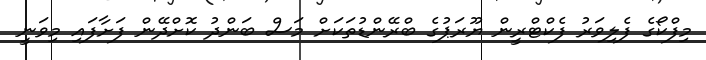
މިފްކޯގެ ފެލިވަރު ފެކްޓްރީން ޔޫރަޕުގެ ބްރޭންޑުތަކަށް މަސް ބަންދު ކޮށްދޭން ފަށާފައި މިވަނީ